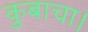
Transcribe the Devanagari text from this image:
कुबाचा।